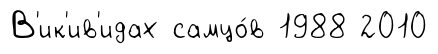
В'ик'ив'идах самцо́в 1988 2010